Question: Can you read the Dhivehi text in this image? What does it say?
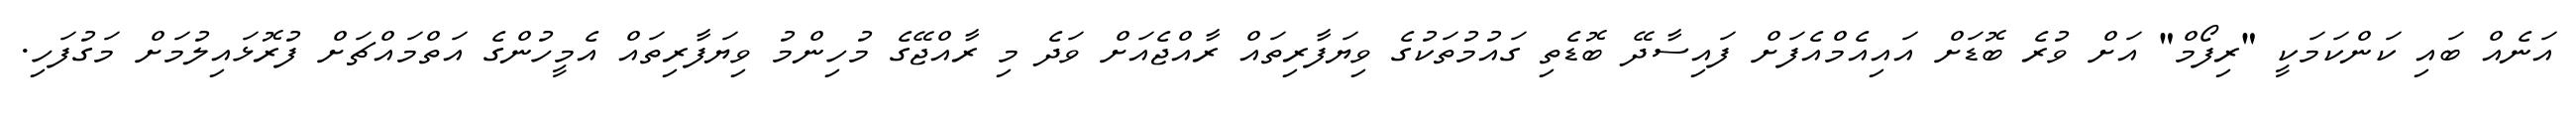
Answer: އަނެއް ބައި ކަންކަމަކީ "ރިފޯމް" އަށް ވުރެ ބޮޑަށް އައިއެމްއެފަށް ފައިސާދޭ ބޮޑެތި ގައުމުތަކުގެ ވިޔަފާރިތައް ރާއްޖެއަށް ވަދެ މި ރާއްޖޭގެ މުހިންމު ވިޔަފާރިތައް އެމީހުންގެ އަތްމައްޗަށް ފުރޮޅައިލުމަށް މަގުފަހި.